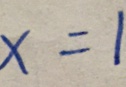
x = 1